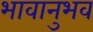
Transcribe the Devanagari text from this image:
भावानुभव